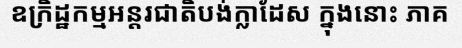
ឧក្រិដ្ឋកម្មអន្តរជាតិបង់ក្លាដែស ក្នុងនោះ ភាគ